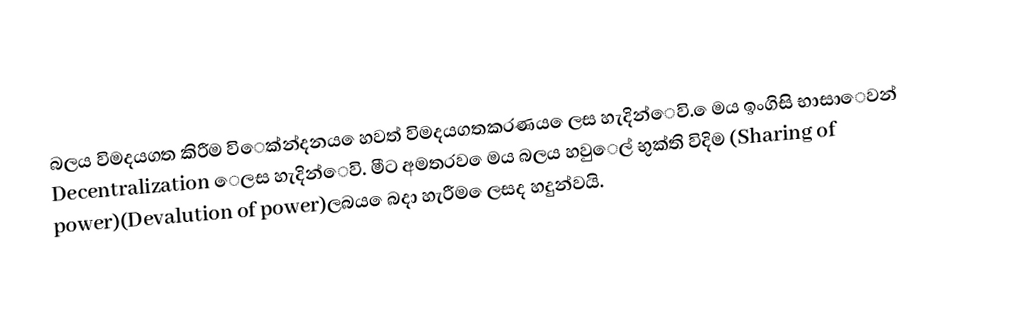
බලය විමදයගත කිරීම විෙක්න්දනය ෙහවත් විමදයගතකරණය ෙලස හැදින්ෙවි. ෙමය ඉංගිසි භාසාෙවන් Decentralization ෙලස හැදින්ෙවි. මීට අමතරව ෙමය බලය හවුෙල් භුක්ති විදිම (Sharing of power)(Devalution of power)ලබය ෙබදා හැරීම ෙලසද හදුන්වයි.